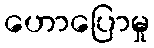
ဟောပြောမှု